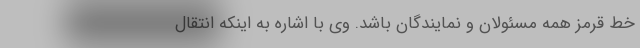
خط قرمز همه مسئولان و نمایندگان باشد. وی با اشاره به اینکه انتقال